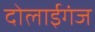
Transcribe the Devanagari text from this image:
दोलाईगंज